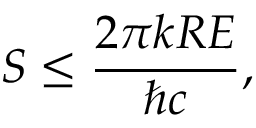
S \leq { \frac { 2 \pi k R E } { \hbar c } } ,